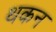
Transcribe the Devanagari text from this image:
थकन